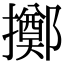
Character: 擲